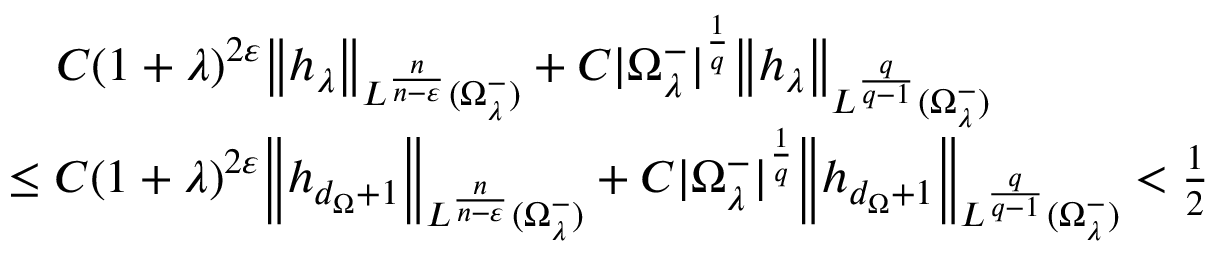
\begin{array} { r l } & { \quad C ( 1 + \lambda ) ^ { 2 \varepsilon } { \left\| h _ { \lambda } \right\| } _ { L ^ { \frac { n } { n - \varepsilon } } ( \Omega _ { \lambda } ^ { - } ) } + C | \Omega _ { \lambda } ^ { - } | ^ { \frac { 1 } { q } } { \left\| h _ { \lambda } \right\| } _ { L ^ { \frac { q } { q - 1 } } ( \Omega _ { \lambda } ^ { - } ) } } \\ & { \leq C ( 1 + \lambda ) ^ { 2 \varepsilon } { \left\| h _ { d _ { \Omega } + 1 } \right\| } _ { L ^ { \frac { n } { n - \varepsilon } } ( \Omega _ { \lambda } ^ { - } ) } + C | \Omega _ { \lambda } ^ { - } | ^ { \frac { 1 } { q } } { \left\| h _ { d _ { \Omega } + 1 } \right\| } _ { L ^ { \frac { q } { q - 1 } } ( \Omega _ { \lambda } ^ { - } ) } < \frac { 1 } { 2 } } \end{array}